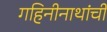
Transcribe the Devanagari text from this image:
गहिनीनाथांची